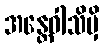
အန္တေဝါသိမှိ